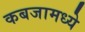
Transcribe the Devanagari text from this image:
कबजामध्ये